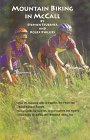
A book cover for Mountain Biking in McCall (Idaho); Stephen Stuebner; Travel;